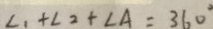
\angle 1 + \angle 2 + \angle A = 3 6 0 ^ { \circ }